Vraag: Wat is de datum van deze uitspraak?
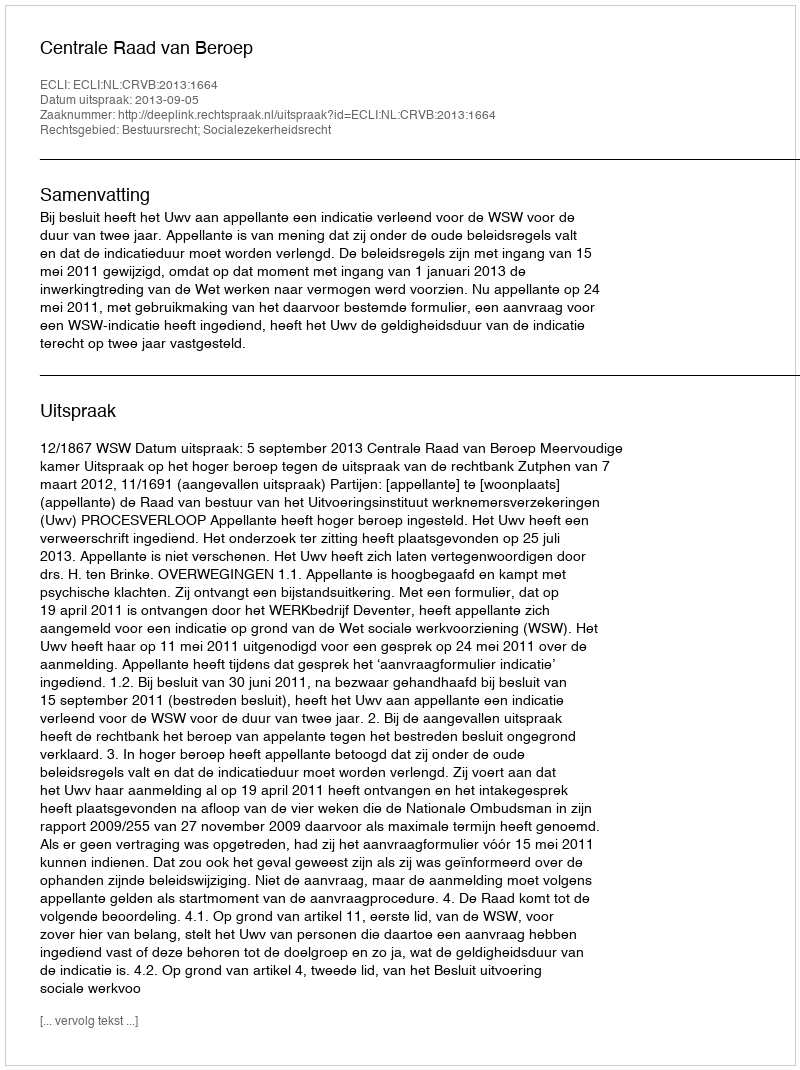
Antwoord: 2013-09-05